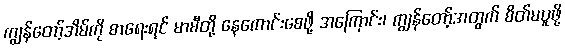
ကျွန်တော့်အိမ်ကို စာရေးရင် မာမီတို့ နေကောင်းစေဖို့ အကြောင်း၊ ကျွန်တော့်အတွက် စိတ်မပူဖို့